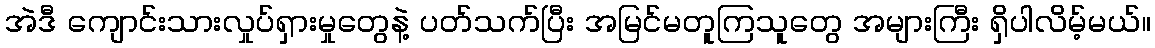
အဲဒီ ကျောင်းသားလှုပ်ရှားမှုတွေနဲ့ ပတ်သက်ပြီး အမြင်မတူကြသူတွေ အများကြီး ရှိပါလိမ့်မယ်။